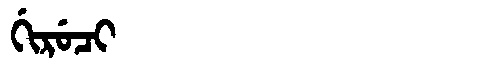
Manchu: ᡤᡳᡵᡠᠴᡳ
Romanization: GIRUCI